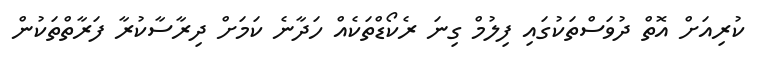
ކުރިއަށް އޮތް ދުވަސްތަކުގައި ފިލުމް ގިނަ ރެކޯޑްތަކެއް ހަދާނެ ކަމަށް ދިރާސާކުރާ ފަރާތްތަކުން